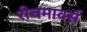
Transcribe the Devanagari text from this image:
रीचमार्क्स